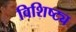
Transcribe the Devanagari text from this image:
विशिष्ट्य